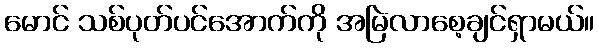
မောင် သစ်ပုတ်ပင်အောက်ကို အမြဲလာစေ့ချင်ရှာမယ်။